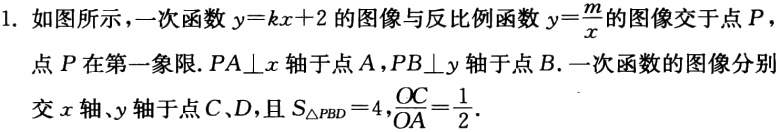
1. 如图所示，一次函数\(y = kx + 2\)的图像与反比例函数\(y=\frac{m}{x}\)的图像交于点\(P\)，
点\(P\)在第一象限.\(PA\perp x\)轴于点\(A\)，\(PB\perp y\)轴于点\(B\). 一次函数的图像分别
交\(x\)轴、\(y\)轴于点\(C\)、\(D\)，且\(S_{\triangle PBD}=4\)，\(\frac{OC}{OA}=\frac{1}{2}\).